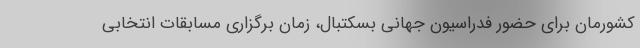
کشورمان برای حضور فدراسیون جهانی بسکتبال، زمان برگزاری مسابقات انتخابی